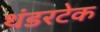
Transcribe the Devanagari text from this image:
थंडरटेक